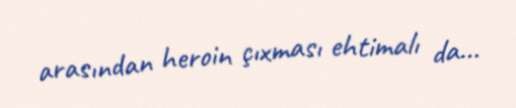
arasından heroin çıxması ehtimalı da...